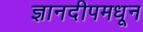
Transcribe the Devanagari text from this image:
ज्ञानदीपमधून